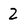
Character: 2